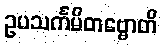
ဥပသင်္ကမိတဗ္ဗောတိ